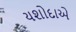
યશોદાએ